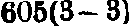
605(3—3)